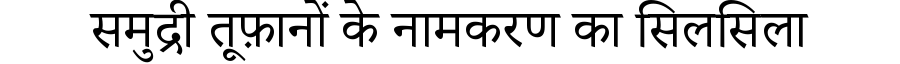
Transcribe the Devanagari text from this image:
समुद्री तूफ़ानों के नामकरण का सिलसिला